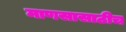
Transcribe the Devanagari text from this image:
माणसासाठीच